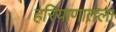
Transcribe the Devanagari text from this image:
हरियाणातला